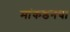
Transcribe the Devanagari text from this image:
मांकडनचा